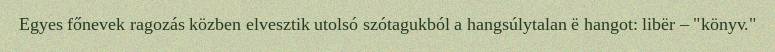
Egyes főnevek ragozás közben elvesztik utolsó szótagukból a hangsúlytalan ë hangot: libër – "könyv."